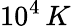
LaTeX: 10^{4}\, K